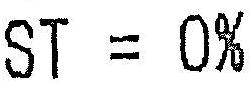
ST = 0%